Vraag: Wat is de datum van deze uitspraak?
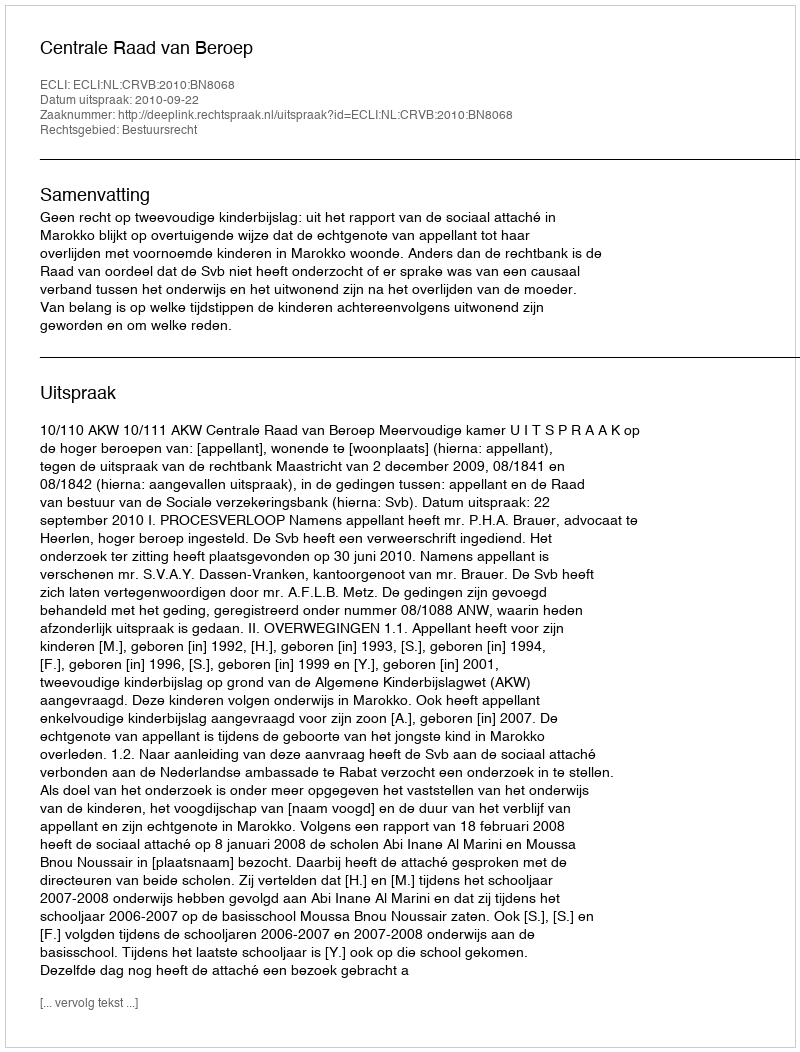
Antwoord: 2010-09-22